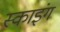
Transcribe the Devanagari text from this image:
स्काइंग